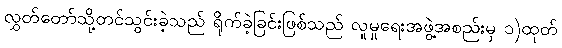
လွှတ်တော်သို့တင်သွင်းခဲ့သည် ရိုက်ခဲ့ခြင်းဖြစ်သည် လူမှုရေးအဖွဲ့အစည်းမှ ၁)ထုတ်